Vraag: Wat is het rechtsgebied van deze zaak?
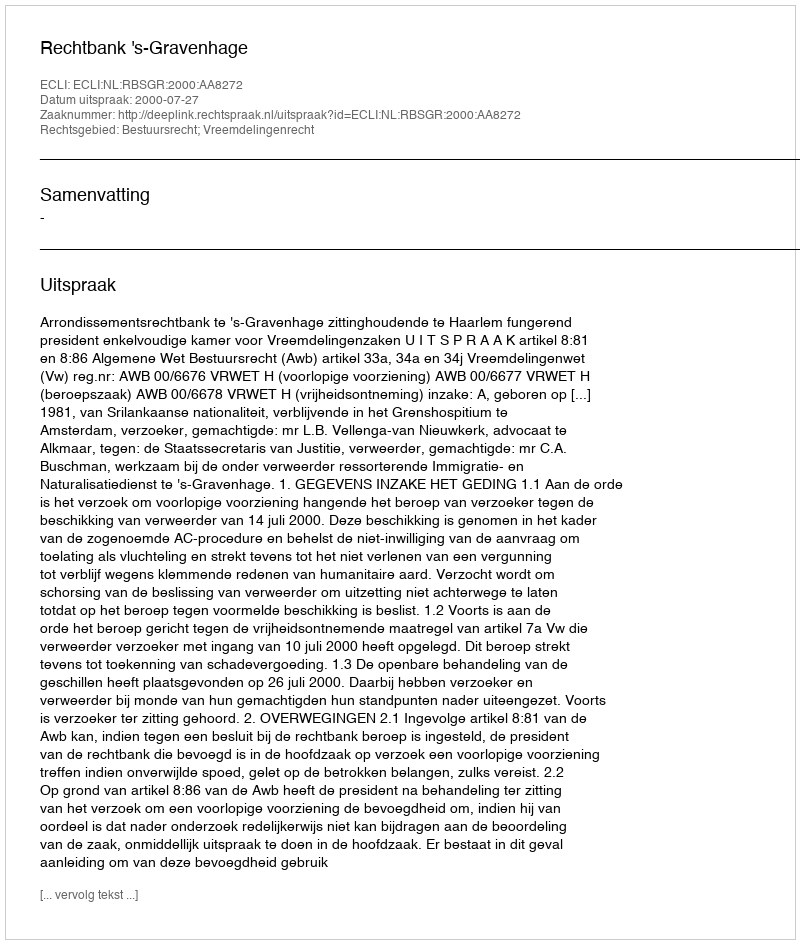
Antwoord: Bestuursrecht; Vreemdelingenrecht